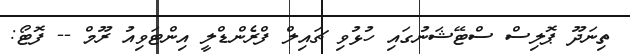
ތިނަދޫ ޕޮލިސް ސްޓޭޝަނުގައި ހުޅުވި ޗައިލް ފްރެންޑްލީ އިންޓަވިއު ރޫމް -- ފޮޓޯ: